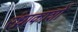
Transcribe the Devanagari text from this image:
रंध्राकाशों